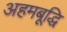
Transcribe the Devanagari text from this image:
अहमबूद्धि